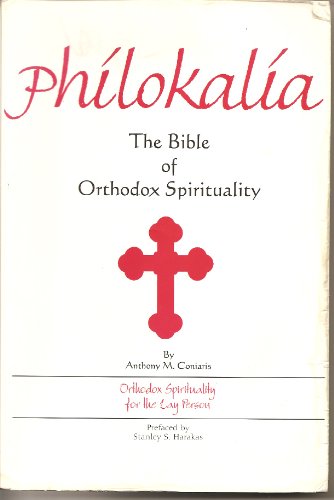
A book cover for Philokalia: The Bible of Orthodox Spirituality; Father Anthony Coniaris; Religion & Spirituality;